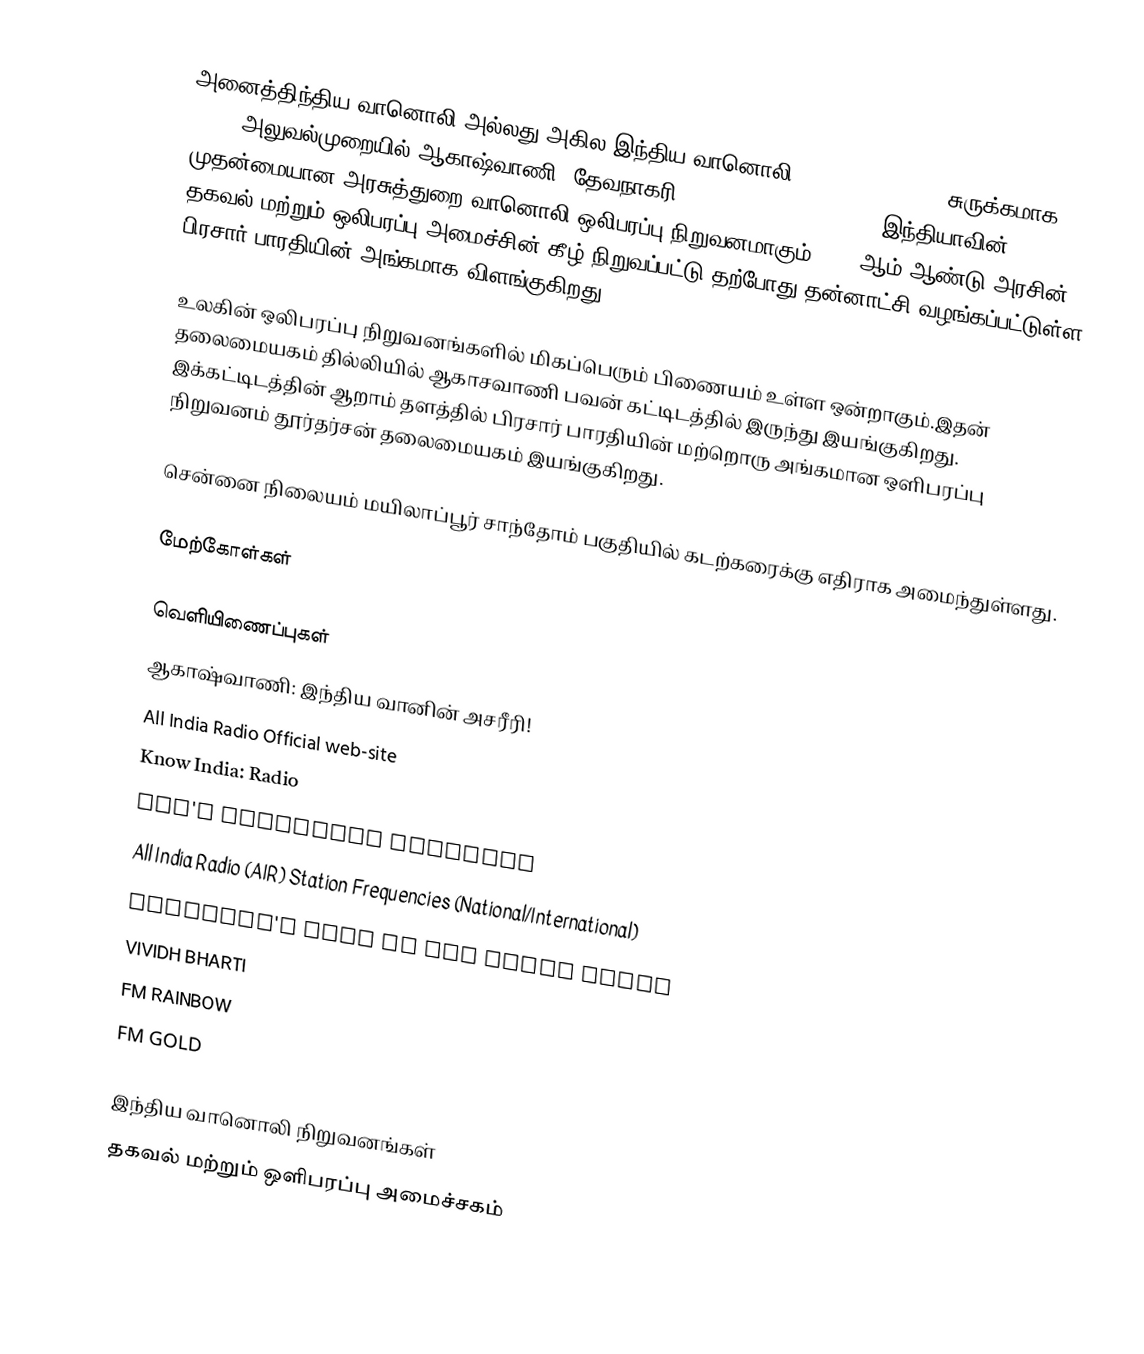
அனைத்திந்திய வானொலி  அல்லது அகில இந்திய வானொலி (All India Radio, சுருக்கமாக AIR), அலுவல்முறையில்  ஆகாஷ்வாணி (தேவநாகரி: आकाशवाणी, ākāshavānī), இந்தியாவின் முதன்மையான அரசுத்துறை வானொலி ஒலிபரப்பு நிறுவனமாகும். 1936ஆம் ஆண்டு அரசின் தகவல் மற்றும் ஒலிபரப்பு அமைச்சின் கீழ்  நிறுவப்பட்டு  தற்போது தன்னாட்சி வழங்கப்பட்டுள்ள பிரசார் பாரதியின் அங்கமாக விளங்குகிறது.

உலகின் ஒலிபரப்பு நிறுவனங்களில் மிகப்பெரும் பிணையம் உள்ள ஒன்றாகும்.இதன் தலைமையகம் தில்லியில் ஆகாசவாணி பவன் கட்டிடத்தில் இருந்து இயங்குகிறது. இக்கட்டிடத்தின் ஆறாம் தளத்தில் பிரசார் பாரதியின் மற்றொரு அங்கமான ஒளிபரப்பு நிறுவனம் தூர்தர்சன் தலைமையகம் இயங்குகிறது.

சென்னை நிலையம் மயிலாப்பூர் சாந்தோம் பகுதியில் கடற்கரைக்கு எதிராக அமைந்துள்ளது.

மேற்கோள்கள்

வெளியிணைப்புகள்
 ஆகாஷ்வாணி: இந்திய வானின் அசரீரி!
 All India Radio Official web-site
 Know India: Radio
 AIR's Frequency schedule
 All India Radio (AIR) Station Frequencies (National/International)
 Children's wing of All India Radio
 VIVIDH BHARTI
 FM RAINBOW
  FM GOLD

இந்திய வானொலி நிறுவனங்கள்
தகவல் மற்றும் ஒளிபரப்பு அமைச்சகம்